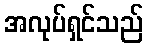
အလုပ်ရှင်သည်